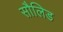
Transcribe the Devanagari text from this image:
सौलिड